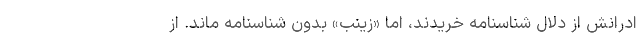
ادرانش از دلال شناسنامه خريدند، اما «زينب» بدون شناسنامه ماند. از